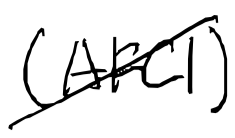
Text: (AFCI)
Cross-out: diagonal
Writing tool: digital_black